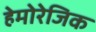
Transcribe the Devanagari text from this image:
हेमोरेजिक